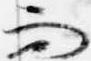
而